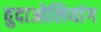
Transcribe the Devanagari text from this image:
वुदाओलियांग